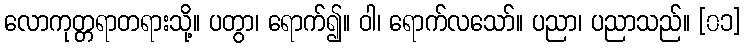
လောကုတ္တရာတရားသို့။ ပတွာ၊ ရောက်၍။ ဝါ၊ ရောက်လသော်။ ပညာ၊ ပညာသည်။ [၀၁]